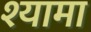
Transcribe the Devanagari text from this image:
श्‍यामा